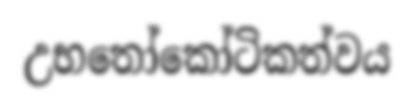
උභතෝකෝටිකත්වය